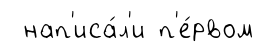
нап'иса́л'и п'е́рвом